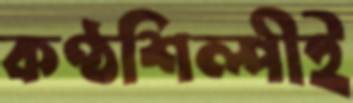
কণ্ঠশিল্পীই